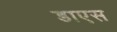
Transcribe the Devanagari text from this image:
डाएस